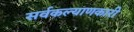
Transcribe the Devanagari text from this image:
सर्वकल्याणकारी